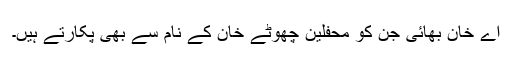
اے خان بھائی جن کو محفلین چھوٹے خان کے نام سے بھی پکارتے ہیں۔